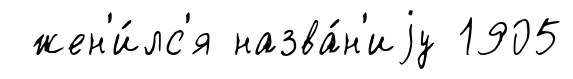
жен'и́лс'я назва́н'иjу 1905